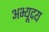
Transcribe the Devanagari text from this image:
अभ्यूदय